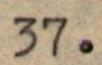
37.